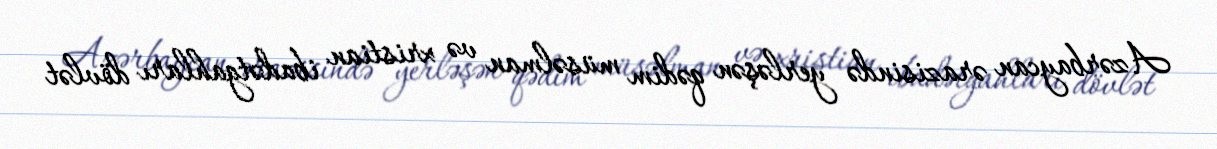
Azərbaycan ərazisində yerləşən qədim müsəlman və xristian ibadətgahları dövlət